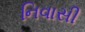
નિવાસી